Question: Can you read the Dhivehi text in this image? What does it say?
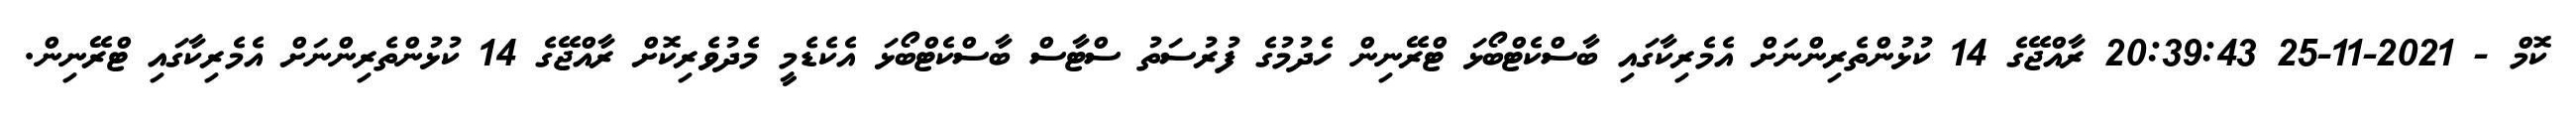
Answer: ކޮމް - 2021-11-25 20:39:43 ރާއްޖޭގެ 14 ކުޅުންތެރިންނަށް އެމެރިކާގައި ބާސްކެޓްބޯޅަ ޓްރޭނިން ހެދުމުގެ ފުރުސަތު ސްޓާސް ބާސްކެޓްބޯޅަ އެކެޑެމީ މެދުވެރިކޮށް ރާއްޖޭގެ 14 ކުޅުންތެރިންނަށް އެމެރިކާގައި ޓްރޭނިން.